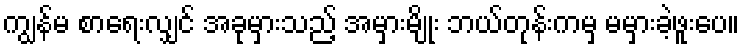
ကျွန်မ စာရေးလျှင် အခုမှားသည့် အမှားမျိုး ဘယ်တုန်းကမှ မမှားခဲ့ဖူးပေ။